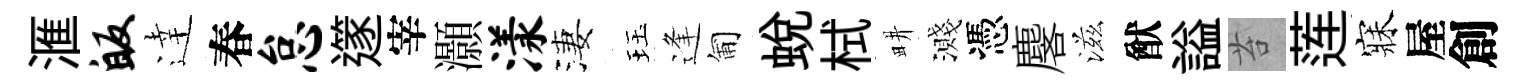
滙皈逹春怠𨗹宰灝漾淒珏逢匍蜕栻畊濺憑麐滋猷謚苔莲寐屋創